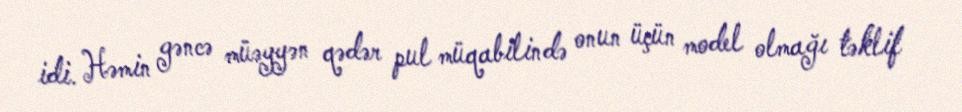
idi. Həmin gəncə müəyyən qədər pul müqabilində onun üçün model olmağı təklif